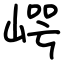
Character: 崿